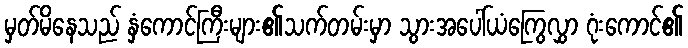
မှတ်မိနေသည် နှံကောင်ကြီးများ၏သက်တမ်းမှာ သွားအပေါ်ယံကြွေလွှာ ဂုံးကောင်၏